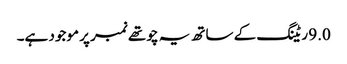
9.0 ریٹنگ کے ساتھ یہ چوتھے نمبر پر موجود ہے۔